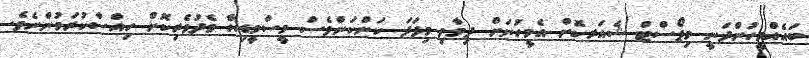
ބައެއްމީހުންދަނީ މިޕޯސްޓް ޝެއަރކޮށް އެމީހުނަށް ދިމާވި މިފަދަ ކަންކަންވެސް މީސްމީޑިޔާ މެދުވެރިކޮށް ހިއްސާކުރަމުންނެވެ.